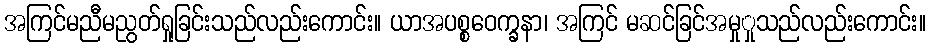
အကြင်မညီမညွတ်ရှုခြင်းသည်လည်းကောင်း။ ယာအပစ္စဝေက္ခနာ၊ အကြင် မဆင်ခြင်အမှုှုသည်လည်းကောင်း။